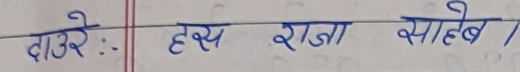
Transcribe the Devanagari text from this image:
दाउरे : हय राजा साहेब /